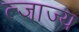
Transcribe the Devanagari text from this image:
त्जाज्य